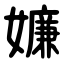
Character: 嬚